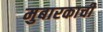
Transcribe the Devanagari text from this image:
मुबारकाची